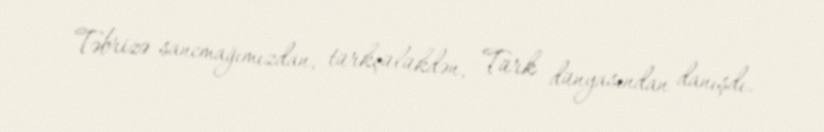
Təbrizə sancmağımızdan, türkçülükdən, Türk dünyasından danışdı.